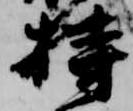
持